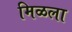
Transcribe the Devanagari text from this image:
मिळला